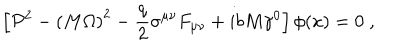
\left[ { \cal P } ^ { 2 } - \left( M \Omega \right) ^ { 2 } - \frac q 2 \sigma ^ { \mu \nu } F _ { \mu \nu } + i b M \gamma ^ { 0 } \right] \phi ( x ) = 0 \; , \; \;